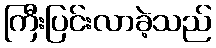
ကြီးပြင်းလာခဲ့သည်